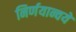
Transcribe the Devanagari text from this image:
निर्णयान्वये